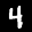
Label: 4